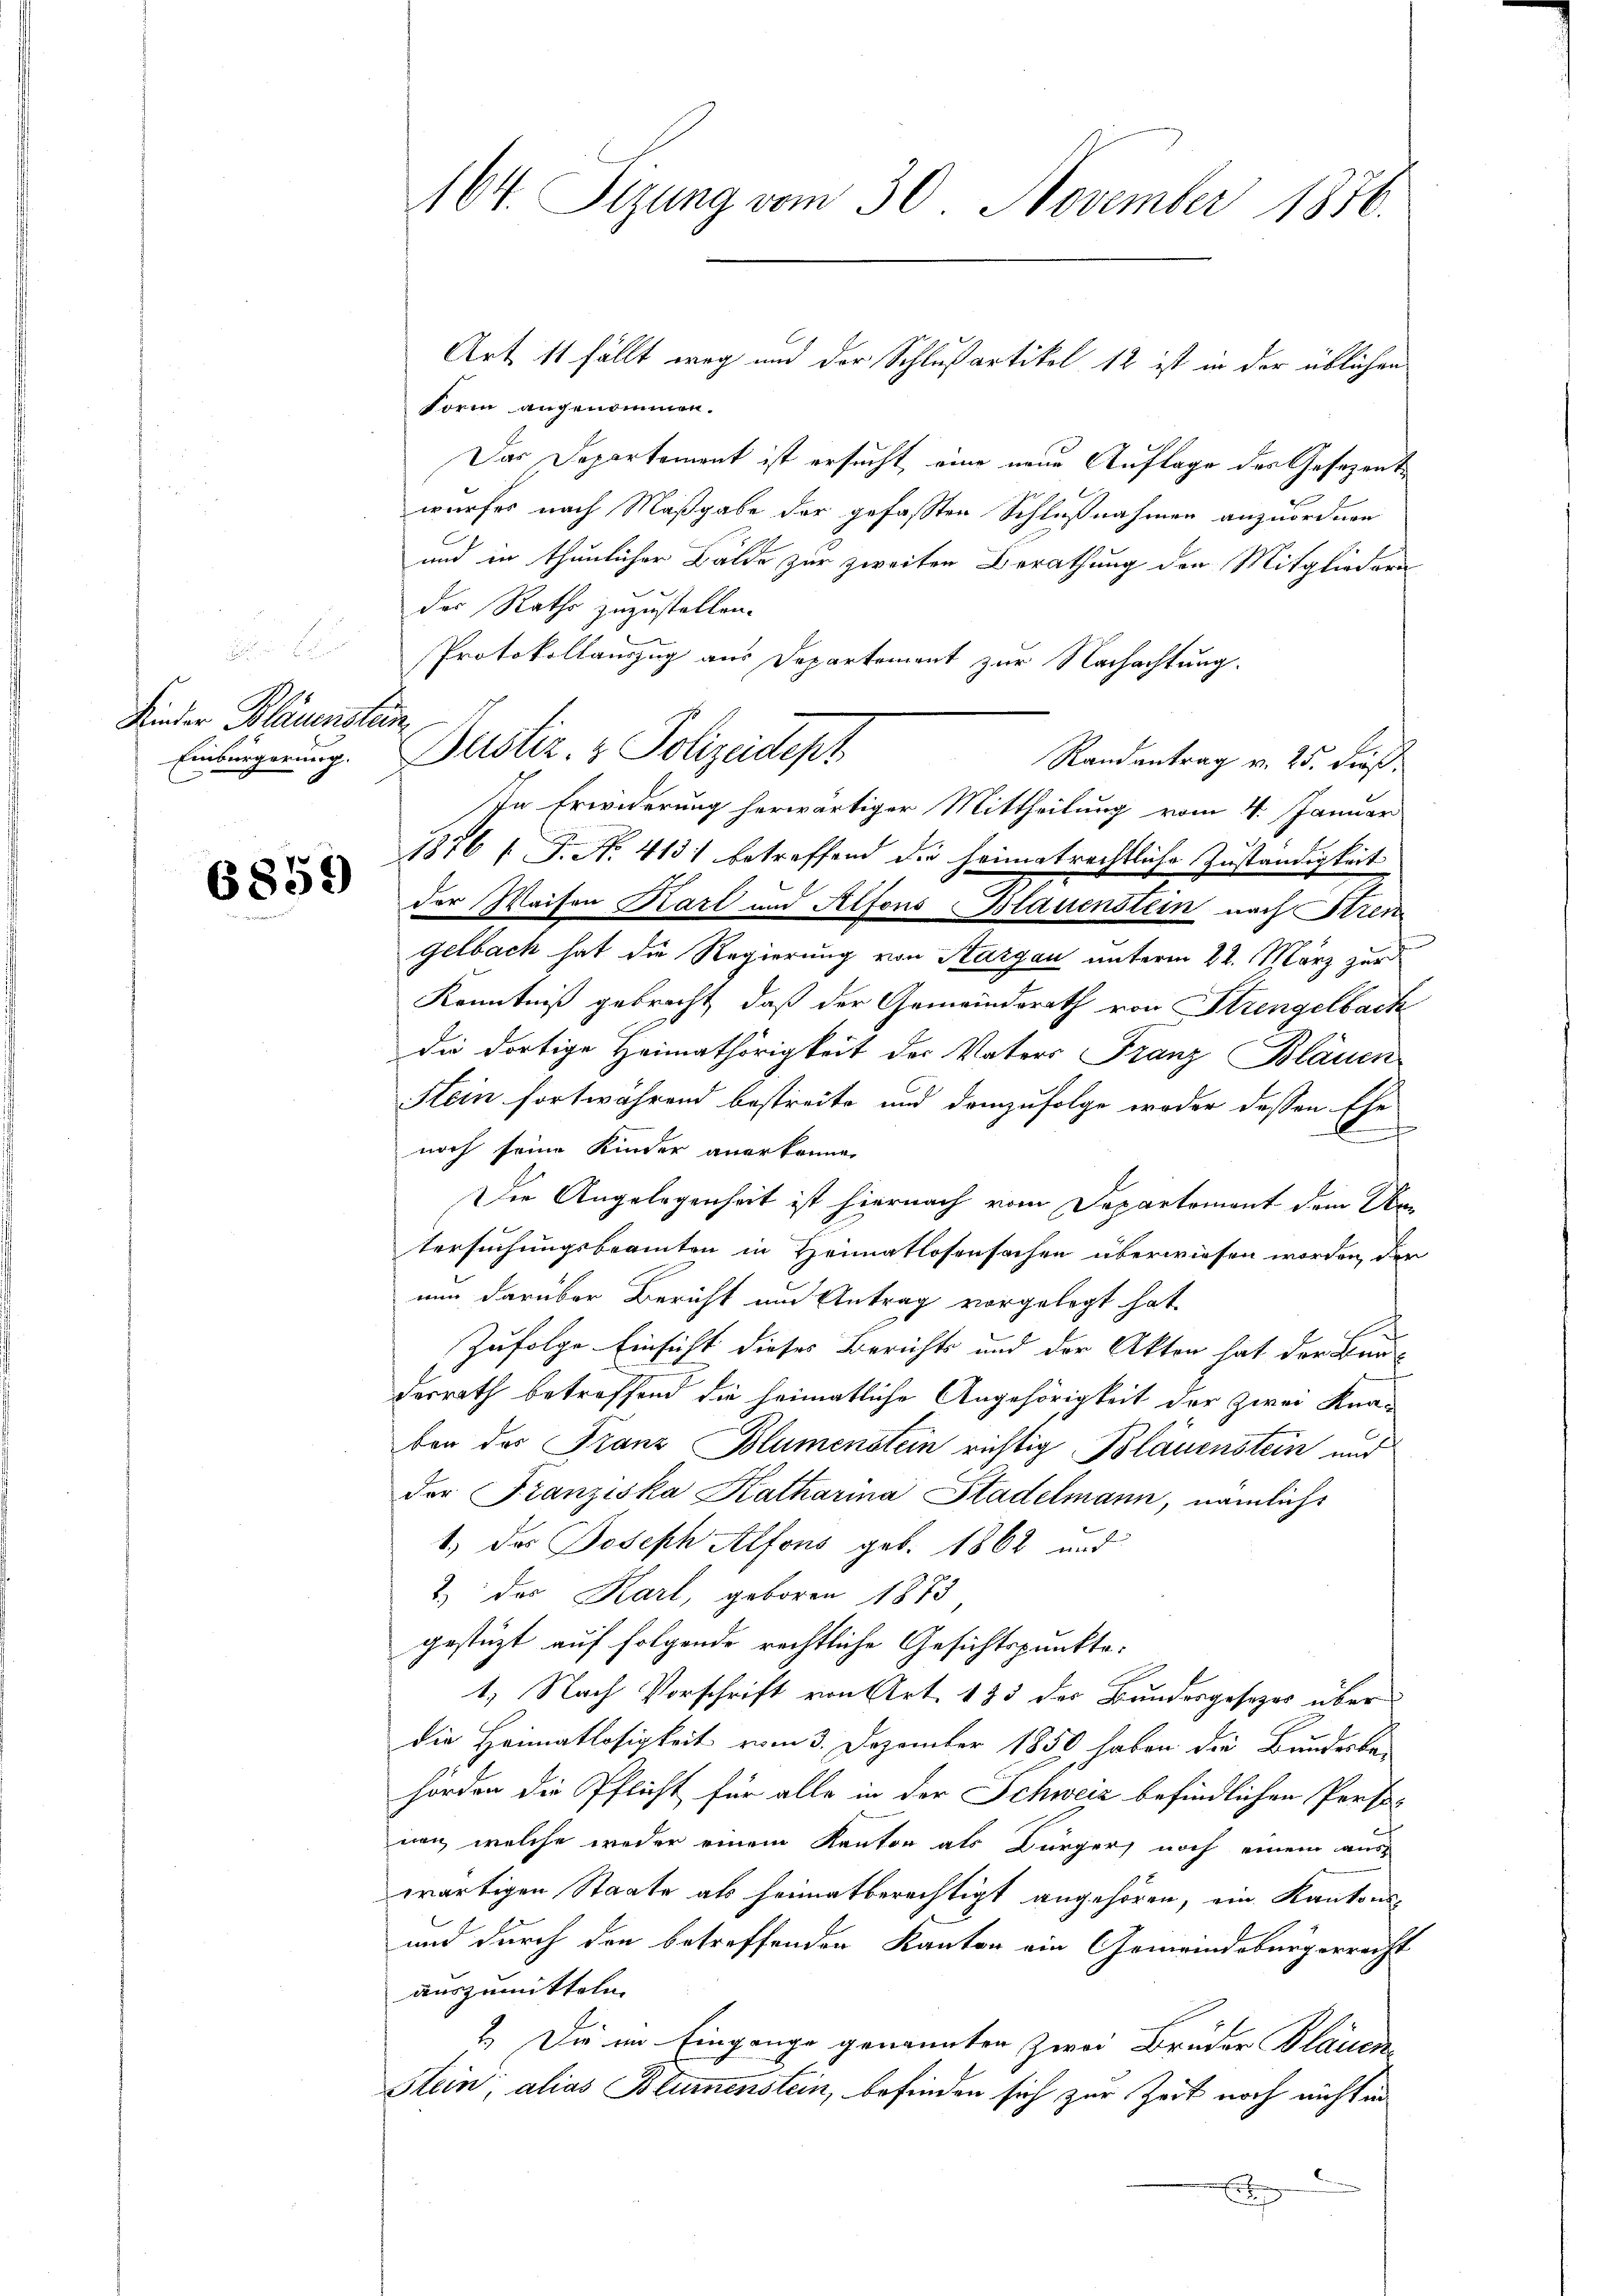
Kinder Blauenstem
Einbürgerung.

6859

164. Sizung vom 30. November 1886.

Form angenommen.
Das Departement ist ersucht, eine neue Auflage des Gesezent
wurfes nach Maßgabe der gefassten Schlußnahmen anzuordnen
und in thunlicher Bälde zur zweiten Berathung den Mitgliedern
der Rathe zuzustellen.
Protokollauszug aus Departement zur Nachachtung.
Randantrag v. 25. dieß.
1876 1 J. N. 413 betreffend die heimatrechtliche Zuständigkeit
der Waisen Karl und Alfons Blauenstein nach Stren
gelbach hat die Regierung von Kargau unterm 22. März zur
Kenntniß gebracht, daß der Gemeindsrath von Strengelbach
die dortige Heimathörigkeit des Vaters Franz Bläuen
Stein fortwährend bestreite und demzufolge woder dessen Ehe
J
noch seine Kinder anerkennen
Die Angelegenheit ist hiernach vom Departement dem Artersuchungsbeamten in Heimatlosensachen überwiesen worden, der
nun darüber Bericht um Antrag vorgelegt hat.
A
Zufolge Einsicht dieses Berichts und der Akten hat der Bendesrath betreffend die heimatliche Angehörigkeit der zwei Knaben das Franz Blumenstein richtig Bläuenstein und
der Franziska Katharina Stadelmann, nämlichs
1) das Joseph Alfons geb. 1862 und
2.) Das Karl, geboren 1873
gestützt auf folgende rechtliche Gesichtspunkte:
1. Nach Vorschrift von Art. 135 des Bundesgesezes über
die Heimatlosigkeit vom 3. Dezember 1850 haben die Bunderbe-
hörden die Pflicht für alle in der Schweiz befindlichen Personen, welche weder einem Kanton als Bürger, noch einem aus-
wärtigen Staate als heimatberechtigt angehören, ein Kantons¬
und durch den betreffenden Kanton ein Gemeindsbürgerrecht
auszumitteln.
2.) Die im Eingange genannten Zwei Brüder Blauen
Stein; alias Blumenstein, befinden sich zur Zeit noch nicht in
d
E

Justiz- & Polizeideph
In Erwiderung herwärtiger Mittheilung vom 4. Januar

Art 11 fällt weg und der Schlußartikel 12 ist in der üblichen